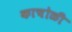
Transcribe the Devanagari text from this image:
काचोळी